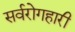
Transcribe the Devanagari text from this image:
सर्वरोगहारी